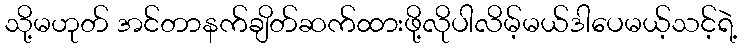
သို့မဟုတ် အင်တာနက်ချိတ်ဆက်ထားဖို့လိုပါလိမ့်မယ်ဒါပေမယ့်သင့်ရဲ့